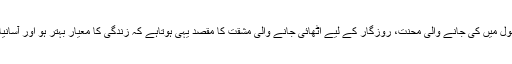
علم کے حصول میں کی جانے والی محنت، روزگار کے لیے اٹھائی جانے والی مشقت کا مقصد یہی ہوتاہے کہ زندگی کا معیار بہتر ہو اور آسانیاں میسر آئیں۔